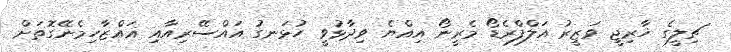
ޗިލީގެ ޚާރިޖީ ވަޒީރު އަލްފްރެޑޯ މެރީނޯ އިއްޔެ ވިދާޅުވީ ހުޅަނގު އައްސޭރިއާއި ޣައްޒާހިމެނޭގޮތަށް